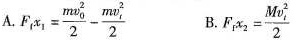
A $$F _ { f } x _ { 1 } = \frac { m v _ { 0 } ^ { 2 } } { 2 } - \frac { m v _ { t } ^ { 2 } } { 2 }$$ B. $$F _ { f } x _ { 2 } = \frac { M v _ { t } ^ { 2 } } { 2 }$$